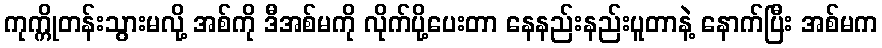
ကုက္ကိုတန်းသွားမလို့ အစ်ကို ဒီအစ်မကို လိုက်ပို့ပေးတာ နေနည်းနည်းပူတာနဲ့ နောက်ပြီး အစ်မက